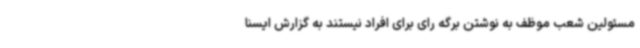
مسئولین شعب موظف به نوشتن برگه رای برای افراد نیستند به گزارش ایسنا